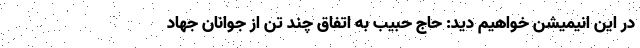
در این انیمیشن خواهیم دید: حاج حبیب به اتفاق چند تن از جوانان جهاد